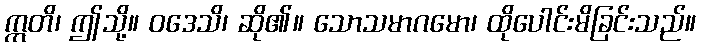
ဣတိ၊ ဤသို့။ ဝဒေသိ၊ ဆို၏။ သောသမာဂမော၊ ထိုပေါင်းမိခြင်းသည်။